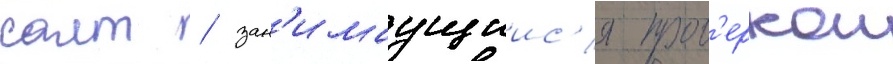
саит / зан'имаущиис'я пров'еркои